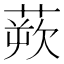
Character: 𫟔